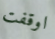
اوقفت